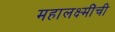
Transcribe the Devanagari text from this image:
महालक्ष्मींची